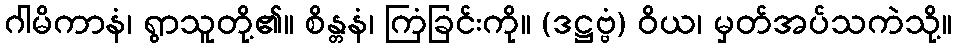
ဂါမိကာနံ၊ ရွာသူတို့၏။ စိန္တနံ၊ ကြံခြင်းကို။ (ဒဋ္ဌဗ္ဗံ) ဝိယ၊ မှတ်အပ်သကဲသို့။